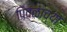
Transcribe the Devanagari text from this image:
पिवळाच्या